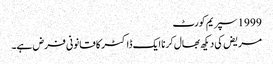
1999 سپریم کورٹ
مریض کی دیکھ بھال کرنا ایک ڈاکٹر کا قانونی فرض ہے۔